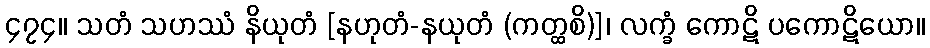
၄၇၄။ သတံ သဟဿံ နိယုတံ [နဟုတံ-နယုတံ (ကတ္ထစိ)]၊ လက္ခံ ကောဋိ ပကောဋိယော။